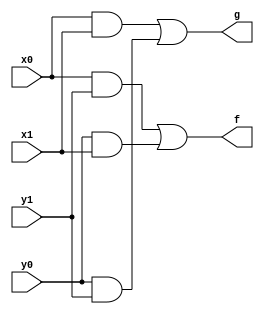
module TSC (
output f, g,
input x0, y0, x1, y1
);


wire w1, w2, w3, w4;

and and1 (w1, x0, y1);
and and2 (w2, y0, x1);
and and3 (w3, x0, x1);
and and4 (w4, y0, y1);

or or1 (f, w1, w2);
or or2 (g, w3, w4);

endmodule